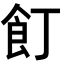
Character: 飣